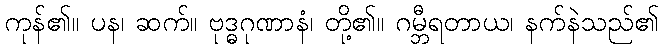
ကုန်၏။ ပန၊ ဆက်။ ဗုဒ္ဓဂုဏာနံ၊ တို့၏။ ဂမ္ဘီရတာယ၊ နက်နဲသည်၏